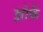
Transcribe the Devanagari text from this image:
झोकें